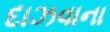
દાઝવાના